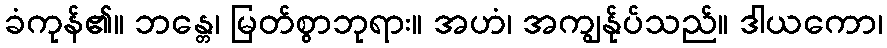
ခံကုန်၏။ ဘန္တေ၊ မြတ်စွာဘုရား။ အဟံ၊ အကျွန်ုပ်သည်။ ဒါယကော၊